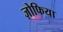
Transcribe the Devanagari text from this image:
ज़ोफिया